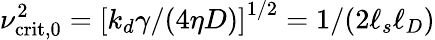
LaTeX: \nu_{\mathrm{crit,0}}^{2}=\left[k_{d}\gamma/(4\eta D)\right]^{1/2}=1/({2\ell_{s}\ell_{D}})